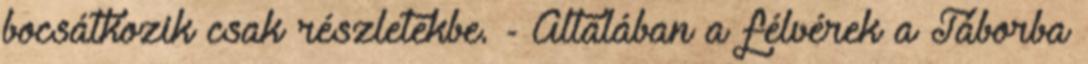
bocsátkozik csak részletekbe. - Általában a félvérek a Táborba